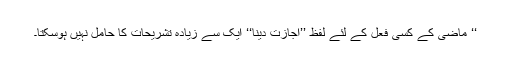
‘‘ ماضی کے کسی فعل کے لئے لفظ ’’اجازت دینا‘‘ ایک سے زیادہ تشریحات کا حامل نہیں ہوسکتا۔